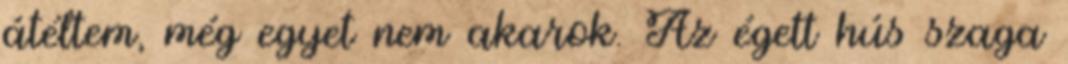
átéltem, még egyet nem akarok. Az égett hús szaga